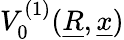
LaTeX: V_{0}^{(1)}(\underline{{R}},\underline{{x}})